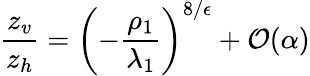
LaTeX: \frac{z_{v}}{z_{h}}=\left(-\frac{\rho_{1}}{\lambda_{1}}\right)^{8/\epsilon}+{\cal O}(\alpha)